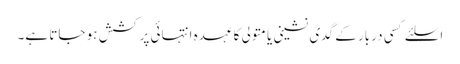
اسلئے کسی دربار کے گدی نشینی یا متولی کا عہدہ انتہائی پر کشش ہو جاتا ہے۔